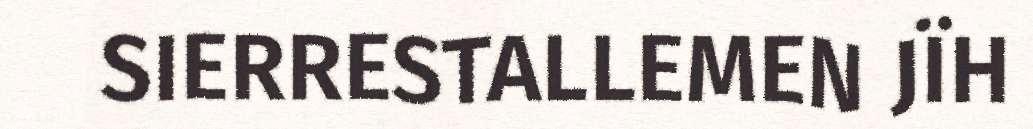
SIERRESTALLEMEN JÏH